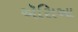
ઍસિઆ